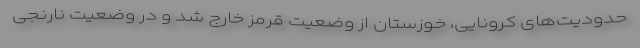
حدودیت‌های کرونایی، خوزستان از وضعیت قرمز خارج شد و در وضعیت نارنجی